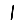
Digit: 1